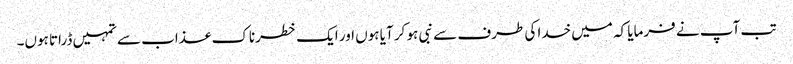
تب آپ نے فرمایا کہ میں خدا کی طرف سے نبی ہو کر آیا ہوں اور ایک خطرناک عذاب سے تمہیں ڈراتا ہوں۔